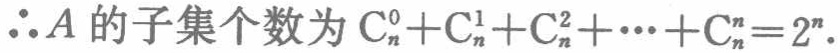
\(\therefore A\)的子集个数为\(\mathrm{C}_{n}^{0}+\mathrm{C}_{n}^{1}+\mathrm{C}_{n}^{2}+\cdots+\mathrm{C}_{n}^{n}=2^{n}\).